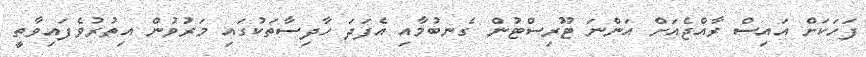
ފަހަކަށް އައިސް ރާއްޖެއަށް އަންނަ ޓޫރިސްޓުން ގެނބުމާއި އެފަދަ ހާދިސާތަކުގައި މަރުވުން އިތުރުވެފައިވާތީ